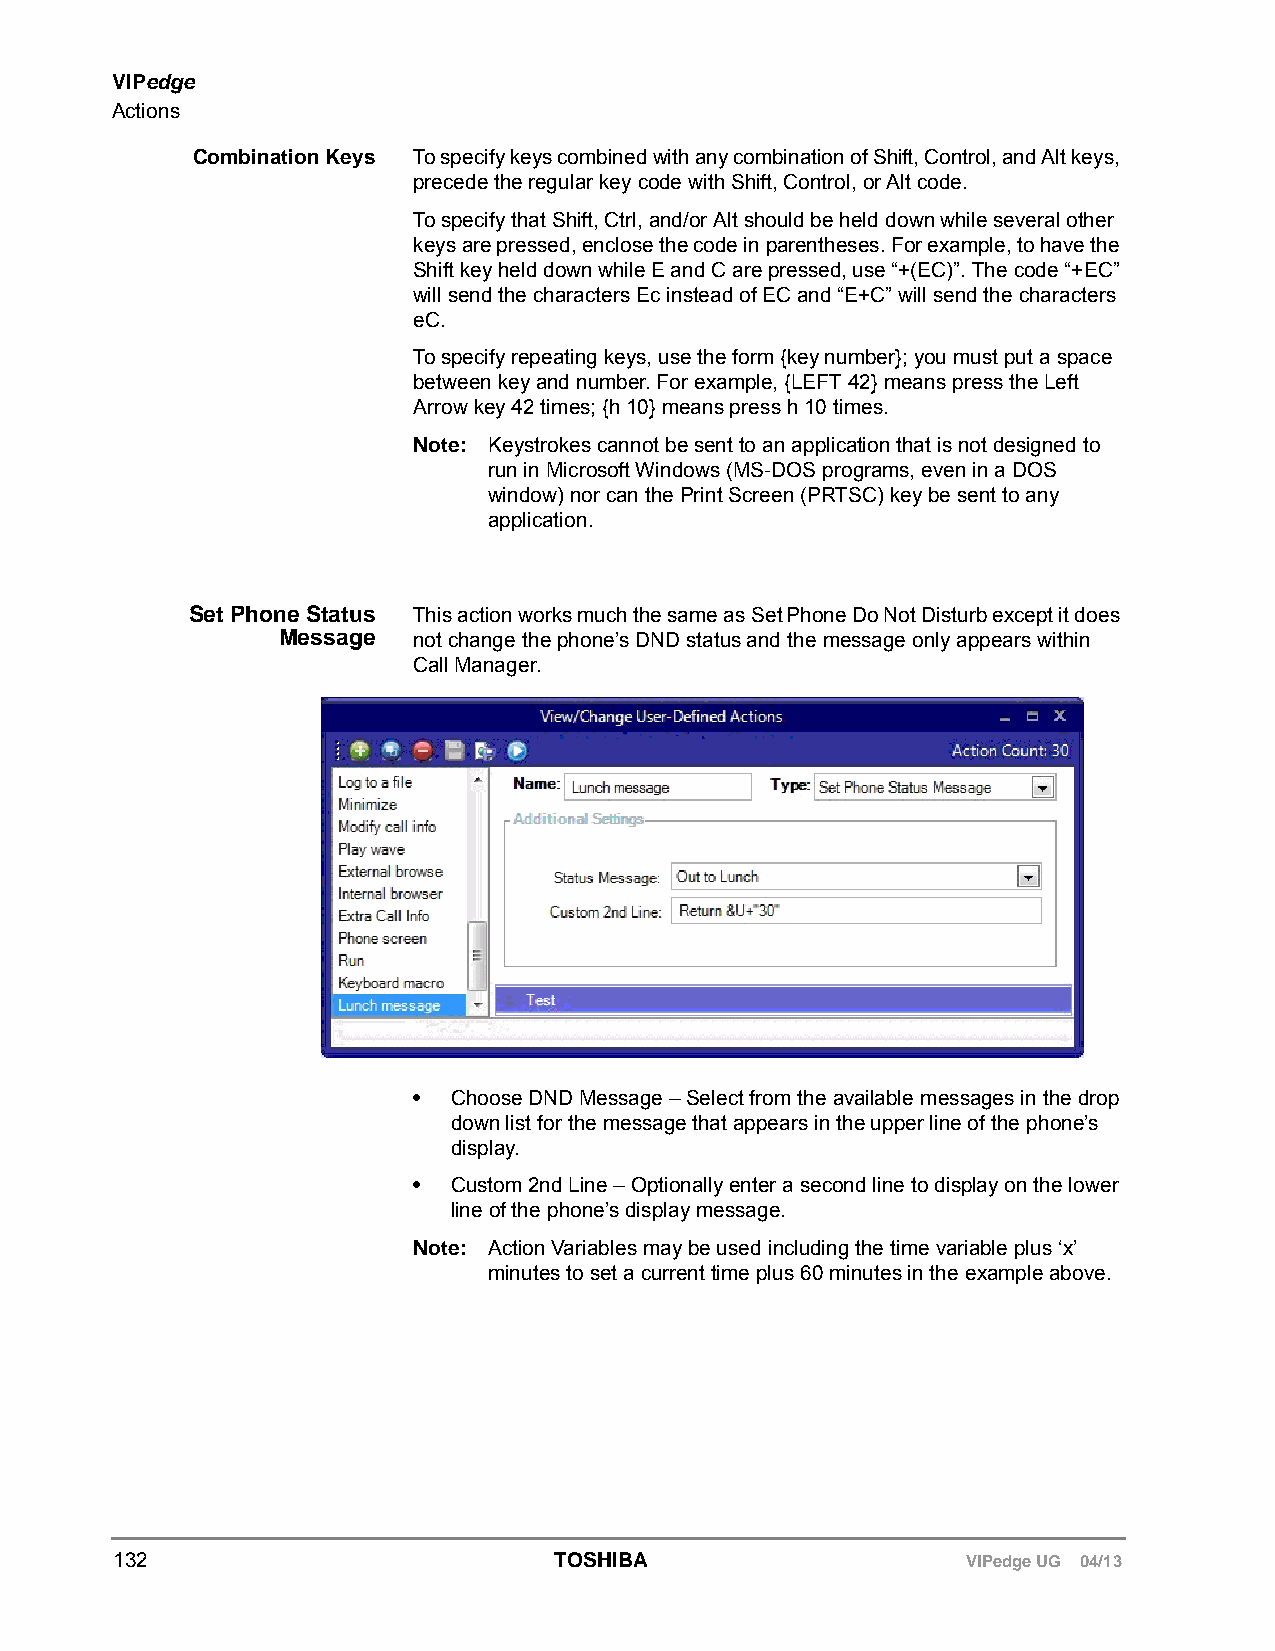
VIPedge
 Actions
 Combination Keys To specify keys combined with any combination of Shift, Control, and Alt keys,
 precede the regular key code with Shift, Control, or Alt code.
 To specify that Shift, Ctrl, and/or Alt should be held down while several other
 keys are pressed, enclose the code in parentheses. For example, to have the
 Shift key held down while E and C are pressed, use “+(EC)”. The code “+EC”
 will send the characters Ec instead of EC and “E+C” will send the characters
 eC.
 To specify repeating keys, use the form {key number}; you must put a space
 between key and number. For example, {LEFT 42} means press the Left
 Arrow key 42 times; {h 10} means press h 10 times.
 Note: Keystrokes cannot be sent to an application that is not designed to
 run in Microsoft Windows (MS-DOS programs, even in a DOS
 window) nor can the Print Screen (PRTSC) key be sent to any
 application.
 Set Phone Status This action works much the same as Set Phone Do Not Disturb except it does
 Message  not change the phone’s DND status and the message only appears within
 Call Manager.
 •  Choose DND Message – Select from the available messages in the drop
 down list for the message that appears in the upper line of the phone’s
 display.
 •  Custom 2nd Line – Optionally enter a second line to display on the lower
 line of the phone’s display message.
 Note: Action Variables may be used including the time variable plus ‘x’
 minutes to set a current time plus 60 minutes in the example above.
 132                          TOSHIBA                    VIPedge UG 04/13